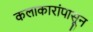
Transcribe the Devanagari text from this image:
कलाकारांपासून